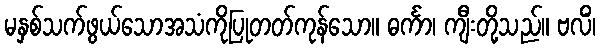
မနှစ်သက်ဖွယ်သောအသံကိုပြုတတ်ကုန်သော။ ဓင်္ကာ၊ ကျီးတို့သည်။ ဗလိံ၊